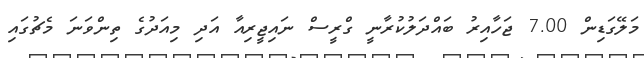
މަލޭގަޑިން 7.00 ޖަހާއިރު ބައްދަލުކުރާނީ ގްރީސް ނައިޖީރިއާ އަދި މިއަދުގެ ތިންވަނަ މެޗުގައި